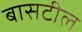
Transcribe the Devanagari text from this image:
बासटील